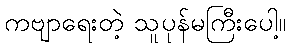
ကဗျာရေးတဲ့ သူပုန်မကြီးပေါ့။